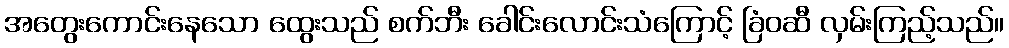
အတွေးကောင်းနေသော ထွေးသည် စက်ဘီး ခေါင်းလောင်းသံကြောင့် ခြံဝဆီ လှမ်းကြည့်သည်။